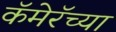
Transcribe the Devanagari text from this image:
कॅमेरॅच्या